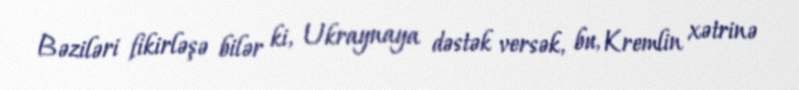
Bəziləri fikirləşə bilər ki, Ukraynaya dəstək versək, bu, Kremlin xətrinə